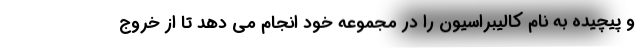
و پیچیده به نام کالیبراسیون را در مجموعه خود انجام می دهد تا از خروج